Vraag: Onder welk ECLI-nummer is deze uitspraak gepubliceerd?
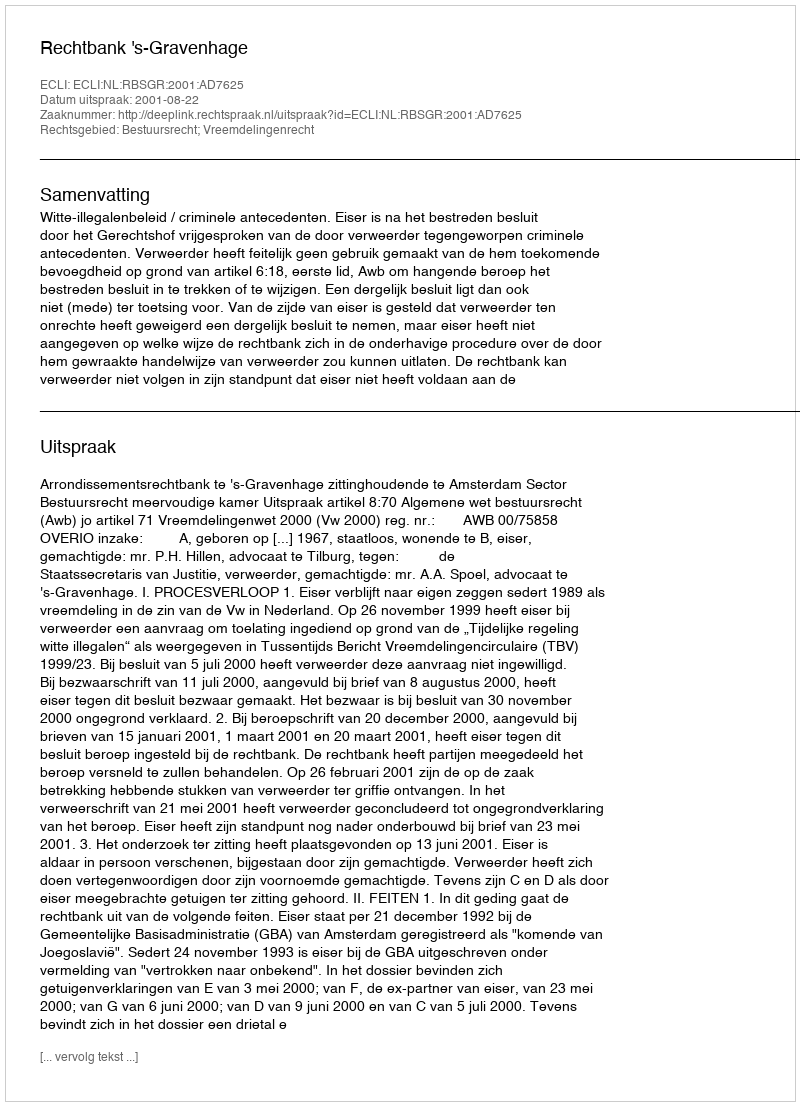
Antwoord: ECLI:NL:RBSGR:2001:AD7625